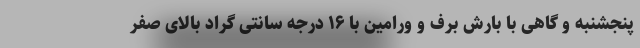
پنجشنبه و گاهی با بارش برف و ورامین با ۱۶ درجه سانتی گراد بالای صفر